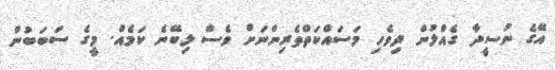
އޭގެ ނުސީދާ ގެއްލުން ދިވެހި މަސައްކަތްތެރިންނަށް ވެސް ލިބޭނެ ކަމެއް. މީގެ ސަބަބުން